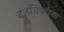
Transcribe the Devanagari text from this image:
दंतविषयक